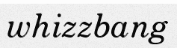
whizzbang